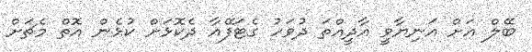
ބޭލް އަށް އަނިޔާވީ އާދީއްތަ ދުވަހު ގެޓަފޭއާ ދެކޮޅަށް ކުޅެން އޮތް މެޗަށް